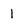
Character: 1